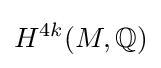
H^{4k}(M,\mathbb {Q} )